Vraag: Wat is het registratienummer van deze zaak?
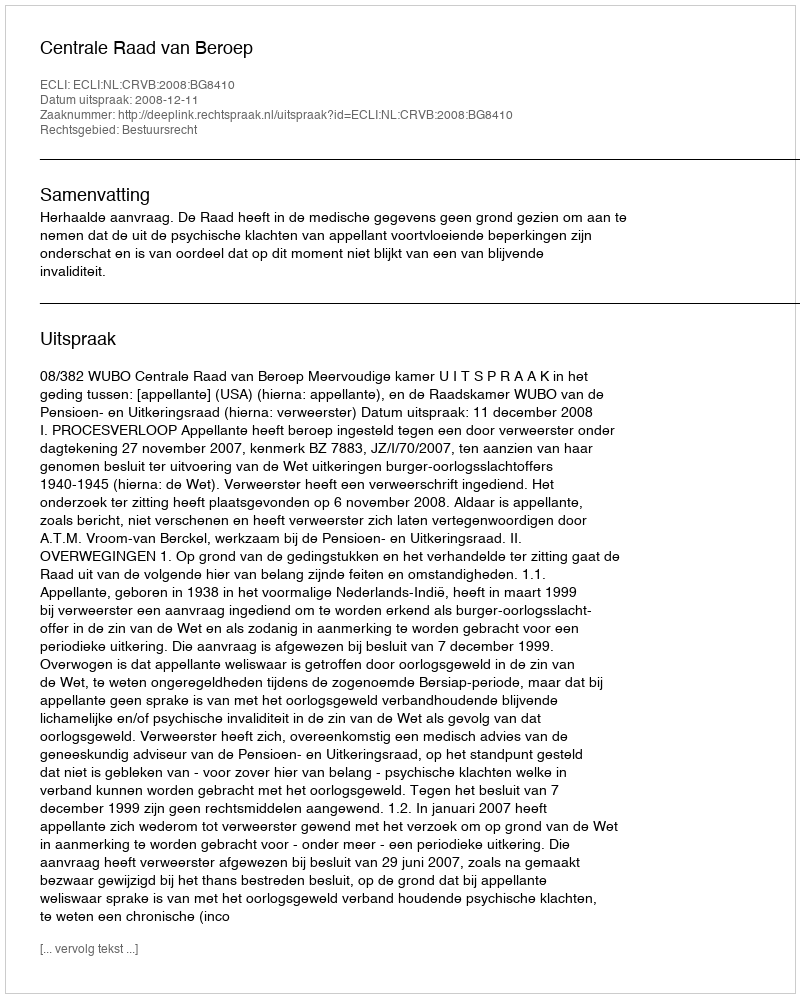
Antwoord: http://deeplink.rechtspraak.nl/uitspraak?id=ECLI:NL:CRVB:2008:BG8410